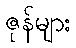
ဇုန်များ